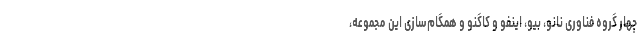
چهار گروه فناوری نانو، بیو، اینفو و کاگنو و همگام‌سازی این مجموعه،